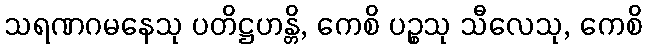
သရဏဂမနေသု ပတိဋ္ဌဟန္တိ, ကေစိ ပဉ္စသု သီလေသု, ကေစိ